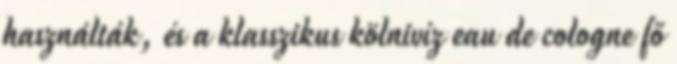
használták, és a klasszikus kölnivíz eau de cologne fő